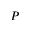
{ \cal P }